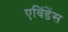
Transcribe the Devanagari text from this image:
एविंडेंस